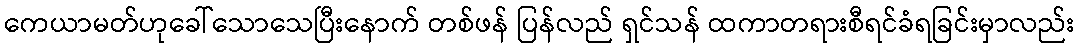
ကေယာမတ်ဟုခေါ်သောသေပြီးနောက် တစ်ဖန် ပြန်လည် ရှင်သန် ထကာတရားစီရင်ခံရခြင်းမှာလည်း